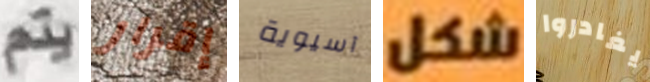
يتم إقرار آسيوية شكل يغادروا